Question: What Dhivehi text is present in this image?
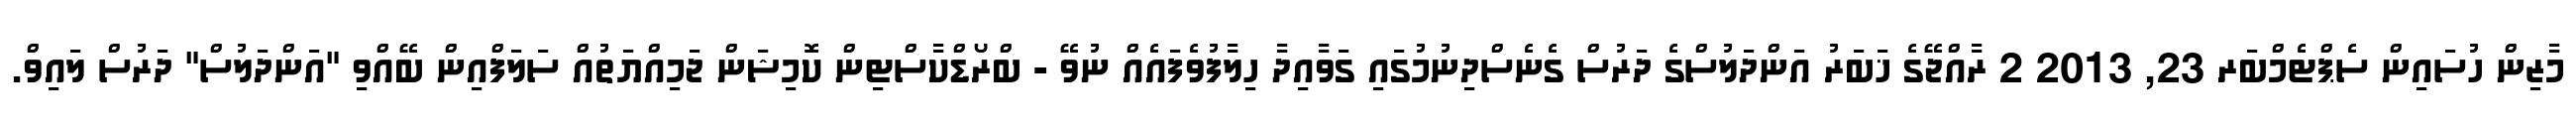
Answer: މާޒިން ހުސައިން ސެޕްޓެމްބަރ 23, 2013 2 ރާއްޖޭގެ ޚަބަރު އަންދަލުސްގެ ދަރުސް ގެނެސްދިނުމުގައި ގަވާއިދާ ހިލާފުވެފައެއް ނުވޭ - ބްރޯޑްކާސްޓިން ކޮމިޝަން ޖަމިއްޔަތުއް ސަލަފްއިން ބޭއްވި "އަންދަލުސް" ދަރުސް ލައިވް.